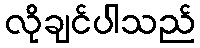
လိုချင်ပါသည်